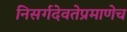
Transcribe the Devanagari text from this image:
निसर्गदेवतेप्रमाणेच